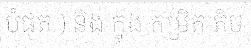
បំផុត ) និង ក្នុង កម្រិត តិច